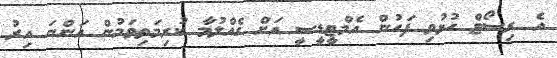
އެ ރިސޯޓް ހުޅުވި ފަހުން އެމްޓީޑީސީ އަށް ގެއްލުމާ ކުރިމަތިވަމުން އަންނަ އިރު